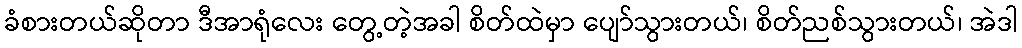
ခံစားတယ်ဆိုတာ ဒီအာရုံလေး တွေ့တဲ့အခါ စိတ်ထဲမှာ ပျော်သွားတယ်၊ စိတ်ညစ်သွားတယ်၊ အဲဒါ